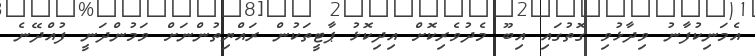
އެމަނިކުފާނު ވިދާޅުވި ގޮތުގައި އިބޫ މެދުވެރިކޮށް އިދިކޮޅު ޕާޓީތަކުން ރައްޔިތުންނަށް ވަމުންދަނީ ފުއްދޭނެ